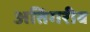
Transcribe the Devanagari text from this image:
अतिगरीब